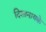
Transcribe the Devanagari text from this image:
दिशानायके